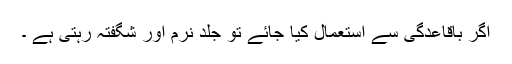
اگر باقاعدگی سے استعمال کیا جائے تو جلد نرم اور شگفتہ رہتی ہے ۔